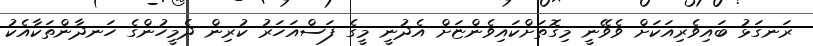
ރަނގަޅު ބައިވެރިއަކަށް ވެވޭނީ މިގޮތަށްކައިވެންޏަށް އެދުނީ މީގެ ފަސްއަހަރު ކުރިން ދެމީހުންގެ ހަނދާންތަކާއެކު